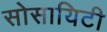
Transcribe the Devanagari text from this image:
सोसायिटी